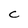
Character: C